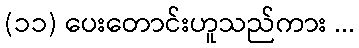
(၁၁) ပေးတောင်းဟူသည်ကား ...